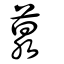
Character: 葲